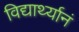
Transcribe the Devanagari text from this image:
विद्यार्थ्यानं